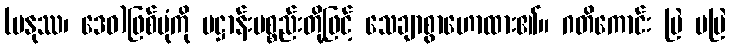
(မနုဿ၊ ဒေဝ)ဖြစ်ပုံကို ပဋ္ဌာန်းပစ္စည်းတို့ဖြင့် သေချာစွာဟောထား၏။ ဂတိကောင်း မြဲ မမြဲ